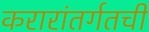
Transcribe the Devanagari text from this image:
करारांतर्गतची